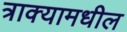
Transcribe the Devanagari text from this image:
त्राक्यामधील